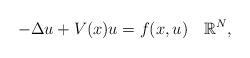
LaTeX: \begin{align*}-\Delta u+V(x)u= f(x,u)\ \ \ \mathbb{R}^N,\end{align*}